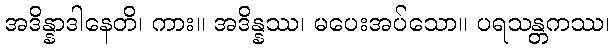
အဒိန္နာဒါနေတိ၊ ကား။ အဒိန္နဿ၊ မပေးအပ်သော။ ပရသန္တကဿ၊